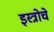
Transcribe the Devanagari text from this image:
इस्त्रोचे